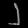
Digit: ၂